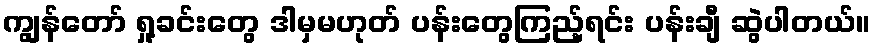
ကျွန်တော် ရှု့ခင်းတွေ ဒါမှမဟုတ် ပန်းတွေကြည့်ရင်း ပန်းချီ ဆွဲပါတယ်။